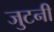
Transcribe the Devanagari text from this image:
जुटनी